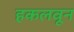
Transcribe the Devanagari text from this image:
हकलवून